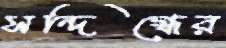
সন্দিগ্ধের